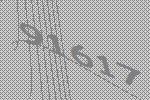
91617